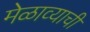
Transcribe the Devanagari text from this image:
मेळाव्याची